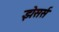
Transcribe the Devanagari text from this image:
झेसर्स